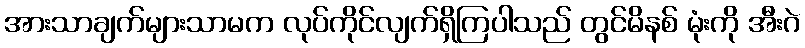
အားသာချက်များသာမက လုပ်ကိုင်လျက်ရှိကြပါသည် တွင်မိနစ် မုံးကို အီးဂဲ